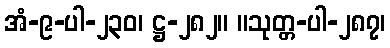
အံ-၉-ပါ-၂၃၀၊ ဋ္ဌ-၂၈၂။ ။သုတ္တ-ပါ-၂၈၇၊